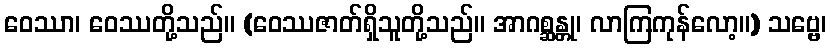
ဝေဿာ၊ ဝေဿတို့သည်။ (ဝေဿဇာတ်ရှိသူတို့သည်။ အာဂစ္ဆန္တု၊ လာကြကုန်လော့။) သဗ္ဗေ၊